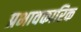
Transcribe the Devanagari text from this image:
प्रभावकारिक